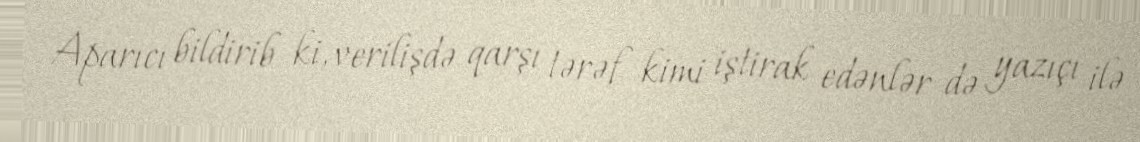
Aparıcı bildirib ki, verilişdə qarşı tərəf kimi iştirak edənlər də yazıçı ilə